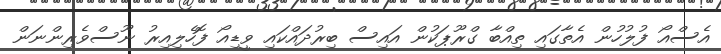
އެސްއޯ ފުލުހުން އެތާގައި ތިއްބާ ގްރޫޕަކުން އައިސް ބިރުދައްކައި ވީޑިއޯ ފޮހެލިއިރު ނޫސްވެރިންނަން